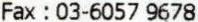
FAX : 03-6057 9678